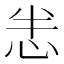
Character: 𢘤